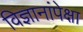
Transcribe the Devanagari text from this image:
विज्ञानांपेक्षा